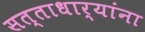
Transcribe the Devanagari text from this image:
सत्ताधार्‍यांना